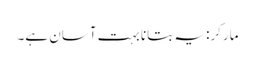
مارکر: یہ بتانا بہت آسان ہے۔